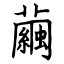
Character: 繭